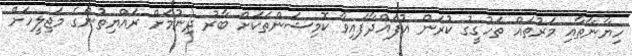
ހިޔާނާތާއި މަރުތައް ތަހުގީގު ކުރަން އުފައްދާފައިވާ ކޮމިޝަންތަކަށް ބާރު ދިނުމަށް ރައްޔިތުންގެ މަޖިލީހަށް